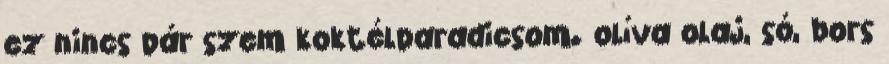
ez nincs pár szem koktélparadicsom. olíva olaj, só, bors